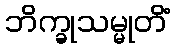
ဘိက္ခုသမ္မုတိံ